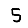
Digit: 5